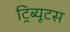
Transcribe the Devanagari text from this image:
ट्रिब्यूटस